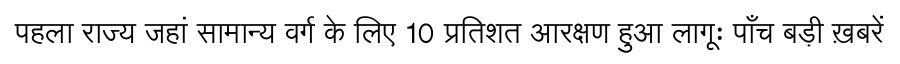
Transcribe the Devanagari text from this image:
पहला राज्य जहां सामान्य वर्ग के लिए 10 प्रतिशत आरक्षण हुआ लागूः पाँच बड़ी ख़बरें